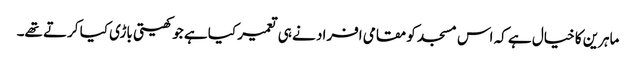
ماہرین کا خیال ہے کہ اس مسجد کو مقامی افراد نے ہی تعمیر کیا ہے جو کھیتی باڑی کیا کرتے تھے۔